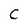
Character: C